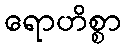
ရောဟိစ္စာ